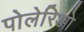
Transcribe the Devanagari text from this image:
पोलेरिओ